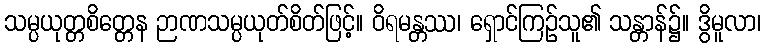
သမ္ပယုတ္တစိတ္တေန ဉာဏသမ္ပယုတ်စိတ်ဖြင့်။ ဝိရမန္တဿ၊ ရှောင်ကြဉ်သူ၏ သန္တာန်၌။ ဒွိမူလာ၊